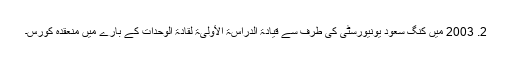
2. 2003 میں کنگ سعود یونیورسٹی کی طرف سے قیادۃ الدراسۃ الأولیۃ لقادۃ الوحدات کے بارے میں منعقدہ کورس۔